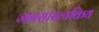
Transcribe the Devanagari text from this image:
जनसांख्यकिय